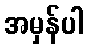
အမှန်ပါ